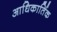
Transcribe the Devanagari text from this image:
आधिकार्तिक